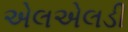
એલએલડી